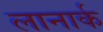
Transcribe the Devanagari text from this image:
लानार्क